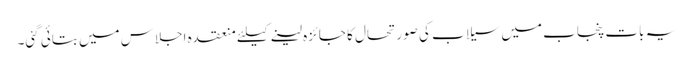
یہ بات پنجاب میں سیلاب کی صورتحال کا جائزہ لینے کیلئے منعقدہ اجلاس میں بتائی گئی۔